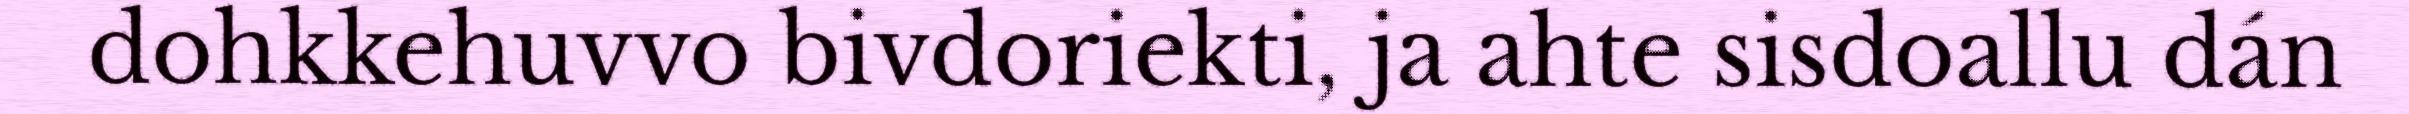
dohkkehuvvo bivdoriekti, ja ahte sisdoallu dán